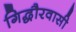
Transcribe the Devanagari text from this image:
गिद्धौरवासी